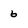
Character: 6